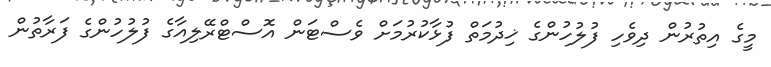
މީގެ އިތުރުން ދިވެހި ފުލުހުންގެ ޚިދުމަތް ފުޅާކުރުމަށް ވެސްޓަން އޮސްޓްރޭލިއާގެ ފުލުހުންގެ ފަރާތުން